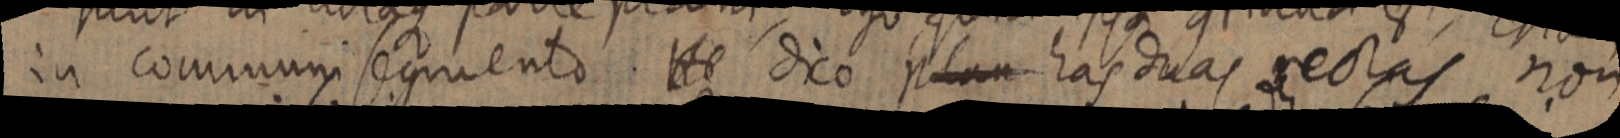
in communi segmento He dico plan has duas rectas non